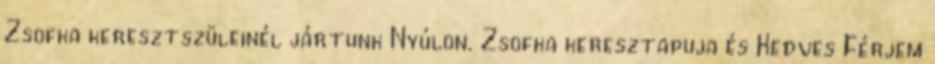
Zsofka keresztszüleinél jártunk Nyúlon. Zsofka keresztapuja és Kedves Férjem